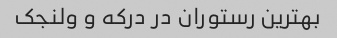
بهترین رستوران در درکه و ولنجک